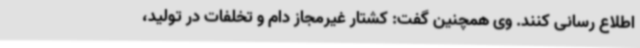
اطلاع رسانی کنند. وی همچنین گفت: کشتار غیرمجاز دام و تخلفات در تولید،